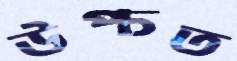
উপ্‌চত